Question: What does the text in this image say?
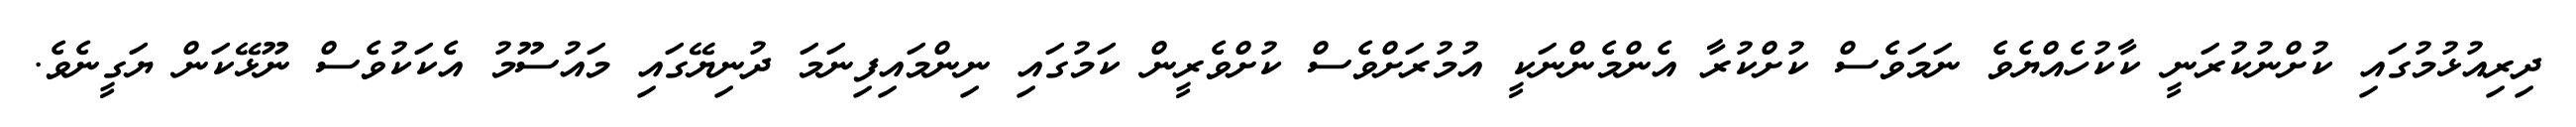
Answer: ދިރިއުޅުމުގައި ކުށްނުކުރަނީ ކާކުހެއްޔެވެ ނަމަވެސް ކުށްކުރާ އެންމެންނަކީ އުމުރަށްވެސް ކުށްވެރީން ކަމުގައި ނިންމައިފިނަމަ ދުނިޔޭގައި މައުސޫމު އެކަކުވެސް ނޫޅޭކަން ޔަގީނެވެ.